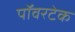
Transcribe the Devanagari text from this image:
पॉवरटेक